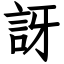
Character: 訝